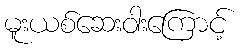
မူးယစ်ဆေးဝါးကြောင့်